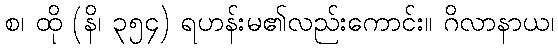
စ၊ ထို (နိ၊ ၃၅၄) ရဟန်းမ၏လည်းကောင်း။ ဂိလာနာယ၊